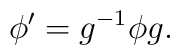
\phi^\prime = g^{-1} \phi g.